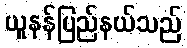
ယူနန်ပြည်နယ်သည်